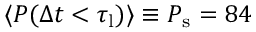
\langle P ( \Delta t < \tau _ { \mathrm { l } } ) \rangle \equiv P _ { \mathrm { s } } = 8 4 \